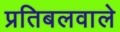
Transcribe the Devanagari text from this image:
प्रतिबलवाले